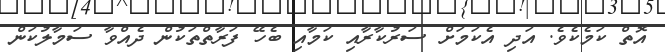
އޮތް ކަމެކެވެ. އަދި އެކަަމަށް ސަރުކާރާއި ކަމާއި ބެހޭ ފަރާތްތަކުން ދެއްވާ ސަމާލުކަން